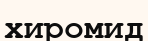
хиромид